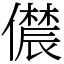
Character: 𫣳